Report on lock hospitals in British Burma
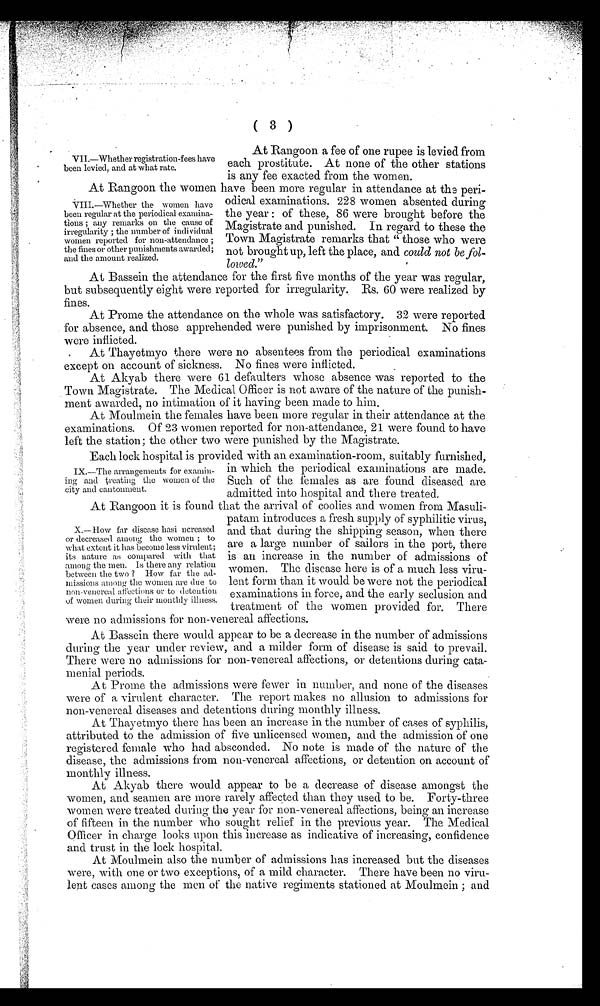
( 3 )
At Rangoon a fee of one rupee is levied from
each prostitute. At none of the other stations
is any fee exacted from the women.
At Rangoon the women have been more regular in attendance at the peri-
odical examinations. 228 women absented during
the year : of these, 86 were brought before the
Magistrate and punished. In regard to these the
Town Magistrate remarks that " those who were
not brought up, left the place, and could not be fol-
lowed."
At Bassein the attendance for the first five months of the year was regular,
but subsequently eight were reported for irregularity. Rs. 60 were realized by
fines.
At Prome the attendance on the whole was satisfactory. 32 were reported
for absence, and those apprehended were punished by imprisonment. No fines
were inflicted.
At Thayetmyo there were no absentees from the periodical examinations
except on account of sickness. No fines were inflicted.
At Akyab there were 61 defaulters whose absence was reported to the
Town Magistrate. The Medical Officer is not aware of the nature of the punish-
ment awarded, no intimation of it having been made to him.
At Moulmein the females have been more regular in their attendance at the
examinations. Of 23 women reported for non-attendance, 21 were found to have
left the station; the other two were punished by the Magistrate.
Each lock hospital is provided with an examination-room, suitably furnished,
in which the periodical examinations are made.
Such of the females as are found diseased are
admitted into hospital and there treated.
At Rangoon it is found that the arrival of coolies and women from Masuli
patam introduces a fresh supply of syphilitic virus,
and that during the shipping season, when there
are a large number of sailors in the port, there
is an increase in the number of admissions of
women. The disease here is of a much less viru-
lent form than it would be were not the periodical
examinations in force, and the early seclusion and
treatment of the women provided for. There
were no admissions for non-venereal affections.
At Bassein there would appear to be a decrease in the number of admissions
during the year under review, and a milder form of disease is said to prevail.
There were no admissions for non- venereal affections, or detentions during cata-
menial periods.
At Prome the admissions were fewer in number, and none of the diseases
were of a virulent character. The report makes no allusion to admissions for
non-venereal diseases and detentions during monthly illness.
At Thayetmyo there has been an increase in the number of cases of syphilis,
attributed to the admission of five unlicensed women, and the admission of one
registered female who had absconded. No note is made of the nature of the
disease, the admissions from non-venereal affections, or detention on account of
monthly illness.
At Akyab there would appear to be a decrease of disease amongst the
women, and seamen are more rarely affected than they used to be. Forty-three
women were treated during the year for non-venereal affections, being an increase
of fifteen in the number who sought relief in the previous year. The Medical
Officer in charge looks upon this increase as indicative of increasing, confidence
and trust in the lock hospital.
At Moulmein also the number of admissions has increased but the diseases
were, with one or two exceptions, of a mild character. There have been no viru-
lent cases among the men of the native regiments stationed at Moulmein ; and
VII.—Whether registration-fees have
been levied, and at what rate.
VIII.—Whether the women have
been regular at the periodical examina-
tions ; any remarks on the cause of
irregularity ; the number of individual
women reported for non-attendance ;
the fines or other punishments awarded;
and the amount realized.
IX.—The arrangements for examin-
ing and treating the women of the
city and cantonment.
X.—How far disease hasi ncreased
or decreased among the women ; to
what extent it has become less virulent;
its nature as compared with that
among the men. Is there any relation
between the two ? How far the ad-
missions among the women are due to
non-venereal affections or to detention
of women during their monthly illness.